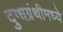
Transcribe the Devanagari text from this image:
दुग्धग्रंथीमध्ये